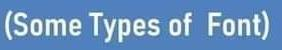
(Some Types of Font)